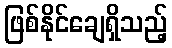
ဖြစ်နိုင်ချေရှိသည့်